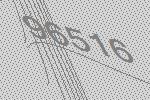
96516